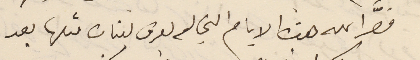
قصّر الله هذه الايام التي لم يعرف لبنان مثلها بعد